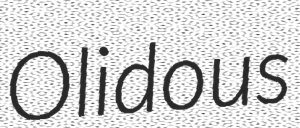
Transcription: Olidous